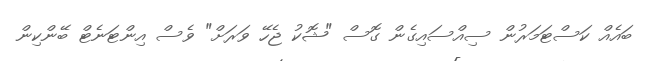
ބައެއް ކަސްޓަމަރުން ސިއްސައިގެން ގޮސް "ޝޮކު ޖެހޭ ވަރަށް" ވެސް އިންޓަނެޓް ބޭންކިން